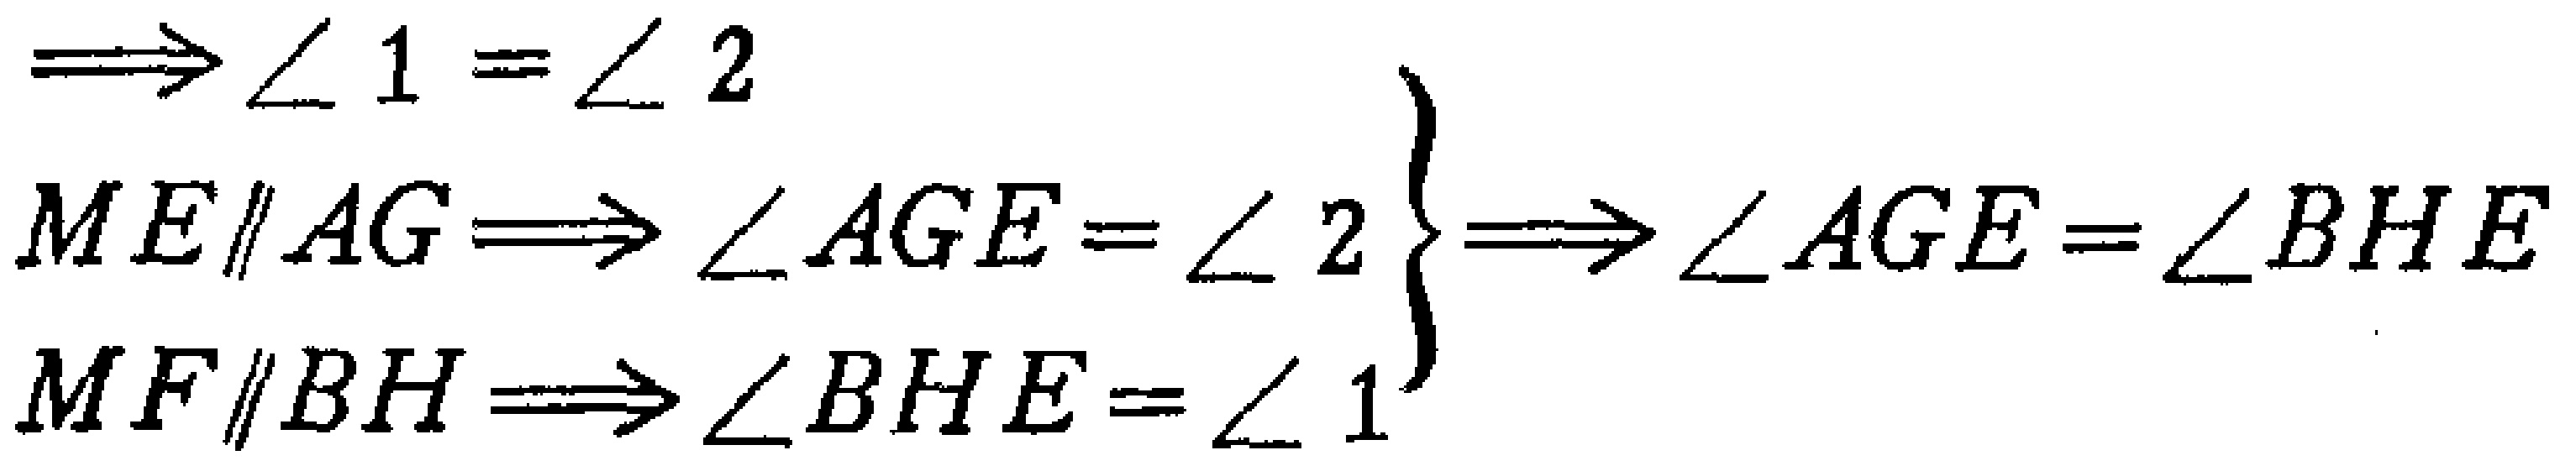
\begin{align*}
&\Longrightarrow\angle 1 = \angle 2\\
ME\parallel AG &\Longrightarrow \angle AGE=\angle 2\\
MF\parallel BH &\Longrightarrow \angle BHE=\angle 1
\end{align*}
$\left.\begin{array}{l}
\\
\\
\end{array}\right\}\Longrightarrow\angle AGE=\angle BHE$